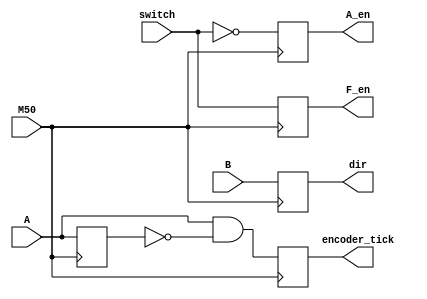
module encoder(A, B, M50, switch, encoder_tick, dir, F_en, A_en);


input A, B, M50, switch;
reg aOld;
output reg encoder_tick, dir, F_en, A_en;

always @(posedge M50)
	begin
		encoder_tick <= A&~aOld;
		dir <= B;
		F_en <= switch;
		A_en <= ~switch;
		aOld <= A;
	end
	
endmodule